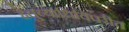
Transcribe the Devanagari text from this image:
हेतुव्याधिविपरीत